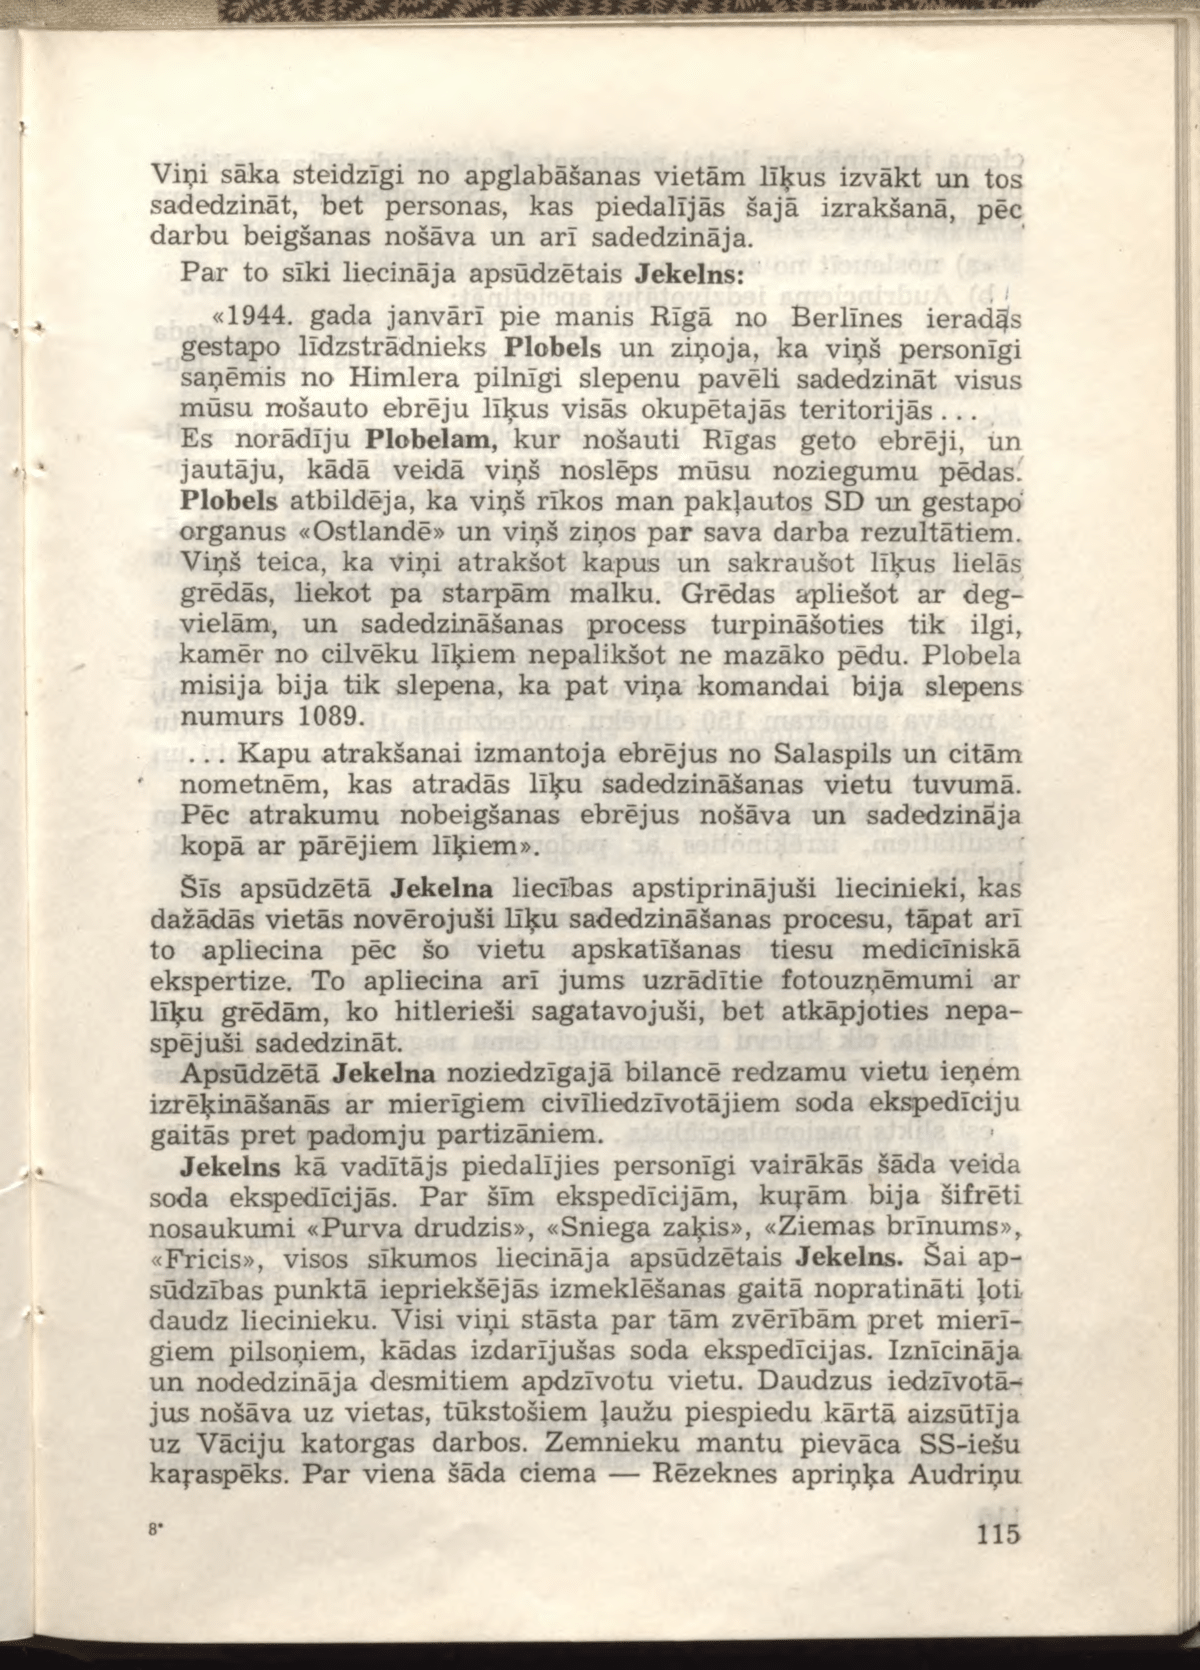
Language: lv